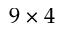
9 \times 4